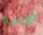
فى